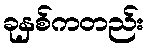
ခုနှစ်ကတည်း